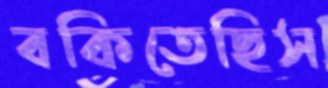
বকিতেছিস